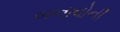
બનાવોની